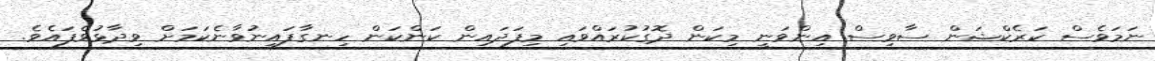
ނަމަވެސް ކަރެކްޝަން ސާވިސް އިންވަނީ މިކަން ދޮގުކުރައްވައި މިފަދައިން ކަންކަން ހިނގާފައިނުވާނެކަމަށް ވިދާޅުވެފައެވެ.